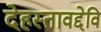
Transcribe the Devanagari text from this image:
देहस्तावद्देवि